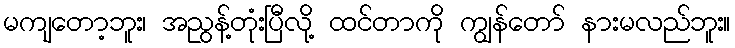
မကျတော့ဘူး၊ အညွန့်တုံးပြီလို့ ထင်တာကို ကျွန်တော် နားမလည်ဘူး။